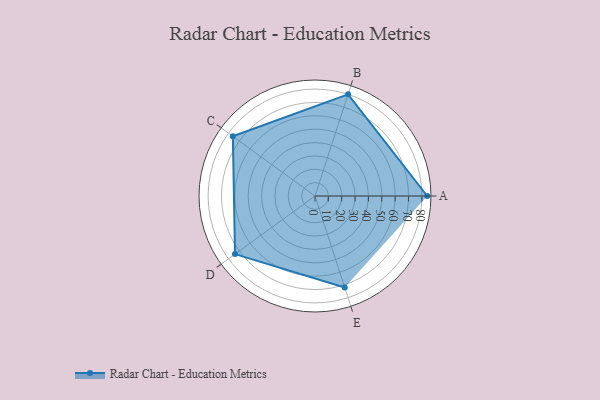
{"axis": {"x": "Skill", "y": "Score"}, "legend": ["Profile"], "data": [{"x": "A", "y": 84.0, "type": "Profile"}, {"x": "B", "y": 80.0, "type": "Profile"}, {"x": "C", "y": 76.0, "type": "Profile"}, {"x": "D", "y": 74.0, "type": "Profile"}, {"x": "E", "y": 72.0, "type": "Profile"}]}